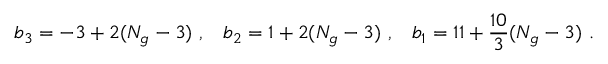
b _ { 3 } = - 3 + 2 ( N _ { g } - 3 ) ~ , \; \; \; b _ { 2 } = 1 + 2 ( N _ { g } - 3 ) ~ , \; \; \; b _ { 1 } = 1 1 + \frac { 1 0 } { 3 } ( N _ { g } - 3 ) ~ .